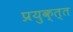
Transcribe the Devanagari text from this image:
प्रयुक्त्त